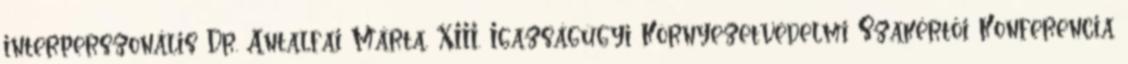
interperszonális Dr. Antalfai Márta. XIII. Igazságügyi Környezetvédelmi Szakértői Konferencia